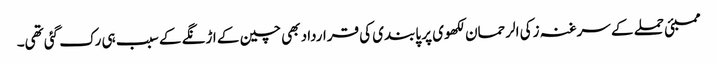
ممبئی حملے کے سرغنہ زکی الرحمان لکھوی پر پابندی کی قرارداد بھی چین کے اڑنگے کے سبب ہی رک گئی تھی۔